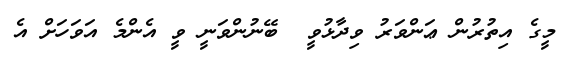
މީގެ އިތުރުން ޢަންވަރު ވިދާޅުވީ  ބޭނުންވަނީ ވީ އެންމެ އަވަހަށް އެ